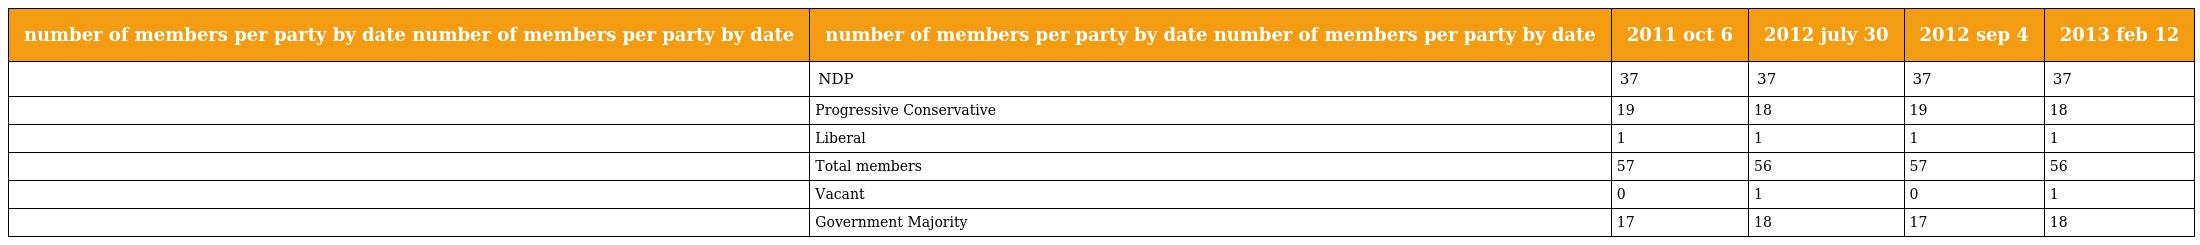
| number of members per party by date number of members per party by date | number of members per party by date number of members per party by date | 2011 oct 6 | 2012 july 30 | 2012 sep 4 | 2013 feb 12 |
 | --- | --- | --- | --- | --- | --- |
 |  | NDP | 37 | 37 | 37 | 37 |
 |  | Progressive Conservative | 19 | 18 | 19 | 18 |
 |  | Liberal | 1 | 1 | 1 | 1 |
 |  | Total members | 57 | 56 | 57 | 56 |
 |  | Vacant | 0 | 1 | 0 | 1 |
 |  | Government Majority | 17 | 18 | 17 | 18 |